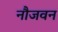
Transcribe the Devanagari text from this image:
नौजवन